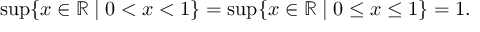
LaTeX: \operatorname* { s u p } \{ x \in \mathbb { R } \mid 0 < x < 1 \} = \operatorname* { s u p } \{ x \in \mathbb { R } \mid 0 \leq x \leq 1 \} = 1 .